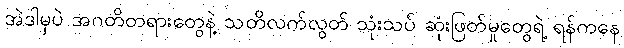
အဲဒါမှပဲ အဂတိတရားတွေနဲ့ သတိလက်လွတ် သုံးသပ် ဆုံးဖြတ်မှုတွေရဲ့ ရန်ကနေ